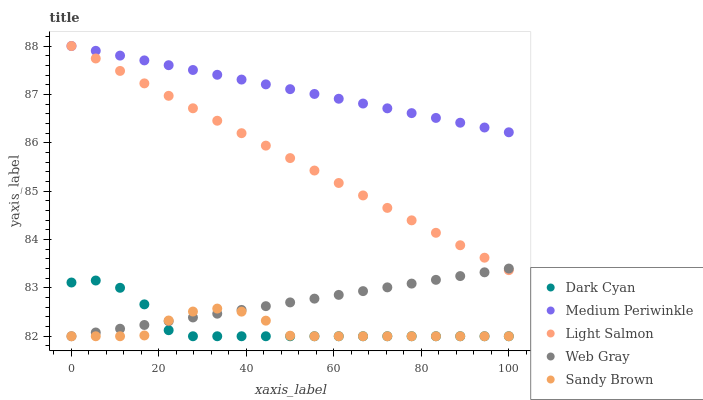
| xaxis_label | Dark Cyan | Medium Periwinkle | Light Salmon | Web Gray | Sandy Brown |
 | --- | --- | --- | --- | --- | --- |
 | 0 | 83.1 | 88 | 88 | 82 | 82 |
 | 5.56 | 83.2 | 87.9 | 87.7 | 82.1 | 82 |
 | 11.1 | 83 | 87.8 | 87.5 | 82.2 | 82 |
 | 16.7 | 82.7 | 87.7 | 87.2 | 82.2 | 82 |
 | 22.2 | 82.1 | 87.6 | 87 | 82.3 | 82.3 |
 | 27.8 | 82 | 87.5 | 86.7 | 82.4 | 82.5 |
 | 33.3 | 82 | 87.4 | 86.5 | 82.5 | 82.6 |
 | 38.9 | 82 | 87.3 | 86.2 | 82.5 | 82.5 |
 | 44.4 | 82 | 87.2 | 85.9 | 82.6 | 82.3 |
 | 50 | 82 | 87.1 | 85.7 | 82.7 | 82 |
 | 55.6 | 82 | 87 | 85.4 | 82.8 | 82 |
 | 61.1 | 82 | 86.9 | 85.2 | 82.9 | 82 |
 | 66.7 | 82 | 86.8 | 84.9 | 82.9 | 82 |
 | 72.2 | 82 | 86.7 | 84.7 | 83 | 82 |
 | 77.8 | 82 | 86.6 | 84.4 | 83.1 | 82 |
 | 83.3 | 82 | 86.5 | 84.1 | 83.2 | 82 |
 | 88.9 | 82 | 86.4 | 83.9 | 83.2 | 82 |
 | 94.4 | 82 | 86.3 | 83.6 | 83.3 | 82 |
 | 100 | 82 | 86.2 | 83.4 | 83.4 | 82 |